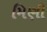
મિણી